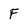
Character: F